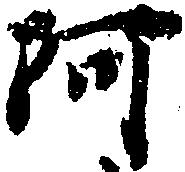
阿